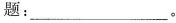
题：___。